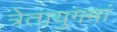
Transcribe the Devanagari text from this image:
त्रेतायुगमां